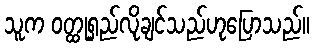
သူက ဝတ္ထုရှည်လိုချင်သည်ဟုပြောသည်။